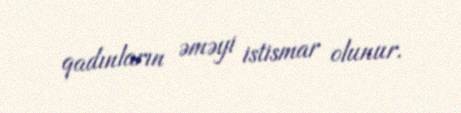
qadınların əməyi istismar olunur.